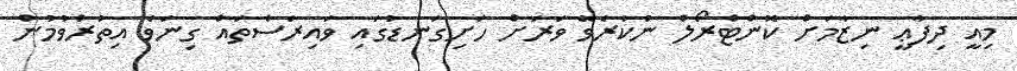
މިއީ ދިފާޢީ ނިޒާމަށް ކޮންޓްރޯލް ނުކުރެވޭ ވަރަށް ހަށިގަނޑުގައި ވައިރަސްތައް ގިނަވެ އިތުރުވުމުން